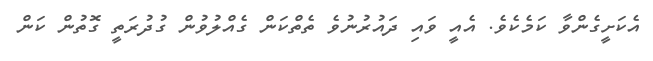
އެކަށީގެންވާ ކަމެކެވެ. އެއީ ވައި ދައުރުނުވެ ތެތްކަން ގެއްލުވުން ގުދުރަތީ ގޮތުން ކަން